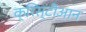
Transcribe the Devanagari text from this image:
क्रिस्टीआन